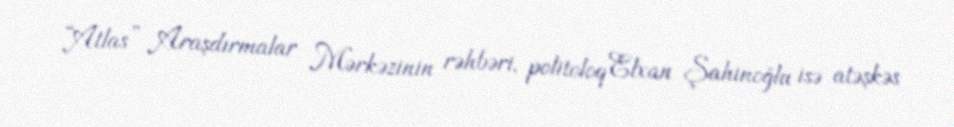
“Atlas” Araşdırmalar Mərkəzinin rəhbəri, politoloq Elxan Şahinoğlu isə atəşkəs